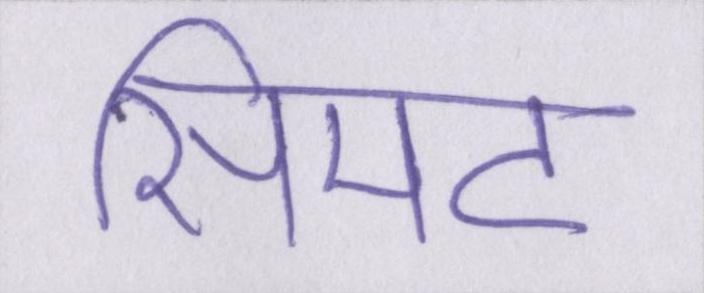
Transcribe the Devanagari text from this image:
सिमट